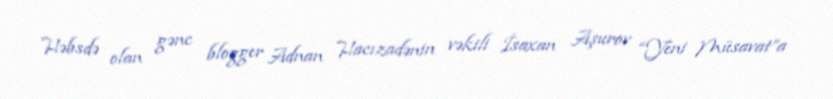
Həbsdə olan gənc blogger Adnan Hacızadənin vəkili İsaxan Aşurov “Yeni Müsavat”a